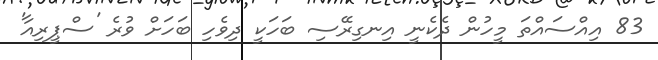
83 އިއްސައްތަ މީހުން ދެކެނީ އިނގިރޭސި ބަހަކީ ދިވެހި ބަހަށް ވުރެ 'ސްޕީރިއާ'